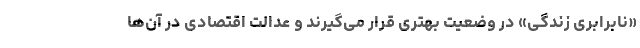
«نابرابری زندگی» در وضعیت بهتری قرار می‌گیرند و عدالت اقتصادی در آن‌ها